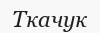
Ткачук